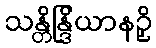
သန္တိန္ဒြိယာနဉှိ